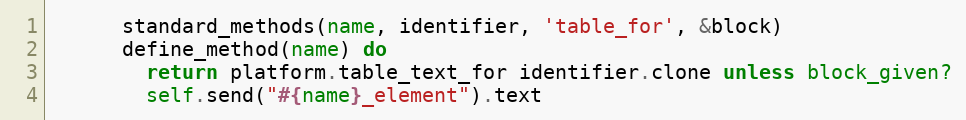
Language: Ruby
      standard_methods(name, identifier, 'table_for', &block)
      define_method(name) do
        return platform.table_text_for identifier.clone unless block_given?
        self.send("#{name}_element").text